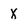
Character: X